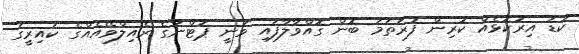
ކުޑަ އިރުކޮޅެއް ކުރިން ފުރަތަމަ ބޮން ގޮއްވާލާފައި ވަނީ ޕަޓްނާގެ ރެއިލްވޭއެއްގެ ކައިރީގަ